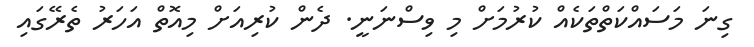
ގިނަ މަސައްކަތްތަކެއް ކުރުމަށް މި ވިސްނަނީ. ދެން ކުރިއަށް މިއޮތް އަހަރު ތެރޭގައި